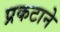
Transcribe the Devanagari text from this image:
प्रकटाने